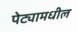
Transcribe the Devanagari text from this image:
पेट्यामधील